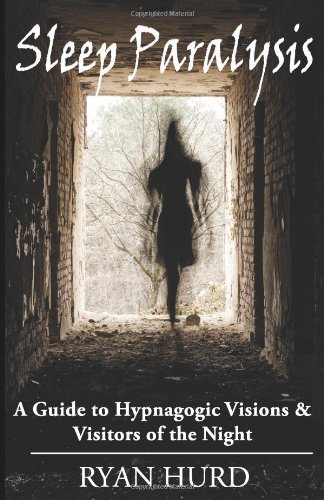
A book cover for Sleep Paralysis: A Guide to Hypnagogic Visions and Visitors of the Night; Ryan Hurd; Self-Help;